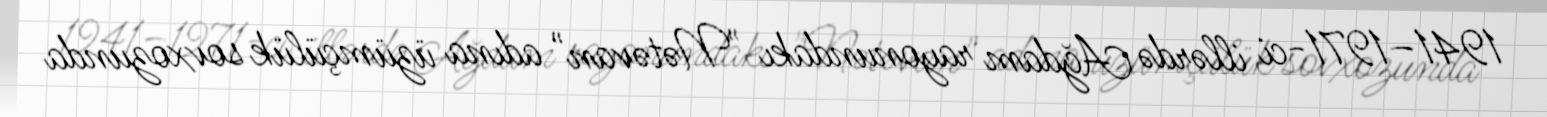
1941–1971-ci illərdə Ağdam rayonundakı "Nətəvan" adına üzümçülük sovxozunda